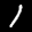
Label: 1